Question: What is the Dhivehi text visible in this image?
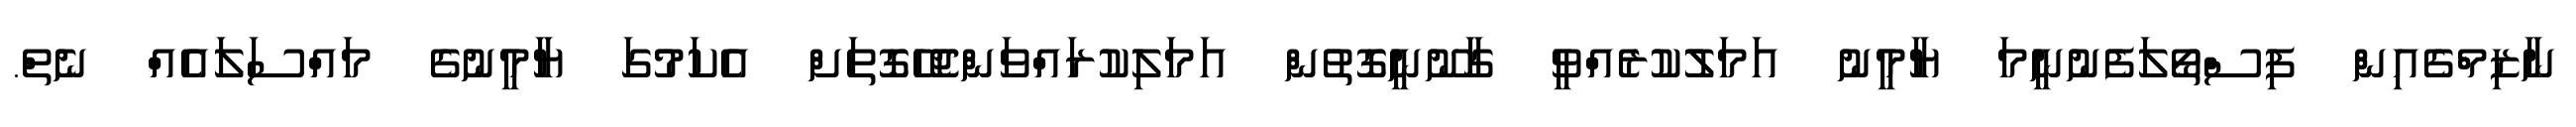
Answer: ނާޒިމްގެއިން ފިސްތޯލަފެނުނީމަ ޔާމީނު އަމަލުކުރެއްވީ ގާނޫނީގޮތުން އަމަލިކުރައްވަންޖެހޭގޮތަށް އެކަމުގަ ޔާމީނުގެ މައްސަލައެއް ނެތް.